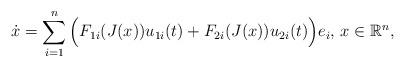
LaTeX: \begin{align*}\dot x=\sum_{i=1}^n\Big(F_{1i}(J(x))u_{1i}( t)+F_{2i}(J(x)) u_{2i}( t)\Big)e_i,\,x\in\mathbb R^n,\end{align*}